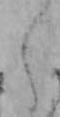
え